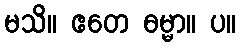
မသိ။ ဧတေ ဓမ္မာ။ ပ။